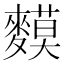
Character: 𪍤